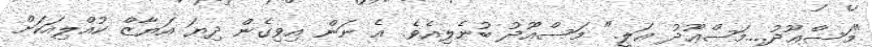
"މަސްޢޫދު....މަސްޢޫދު ޢަލީ." މަސްޢޫދު ބުނެލިއެވެ. އެ ނަން އިވިގެން ދިޔަ އަޔާޒް ކުއްލިއަކަށް